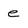
Character: e